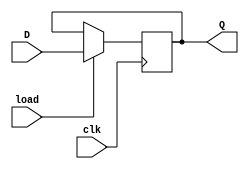
module d_ff (
    input D,
    input clk,
    input load,
    output reg Q
);

always @(posedge clk) begin
    if (load)
        Q <= D;
end

endmodule